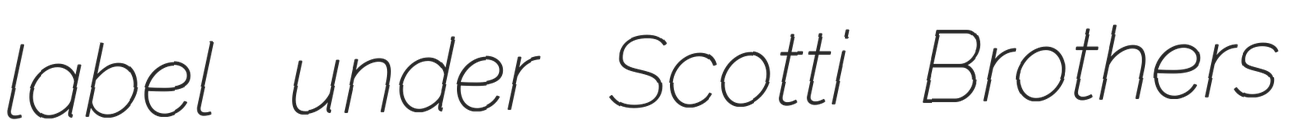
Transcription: label under Scotti Brothers